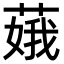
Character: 𦶥